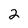
Character: 2